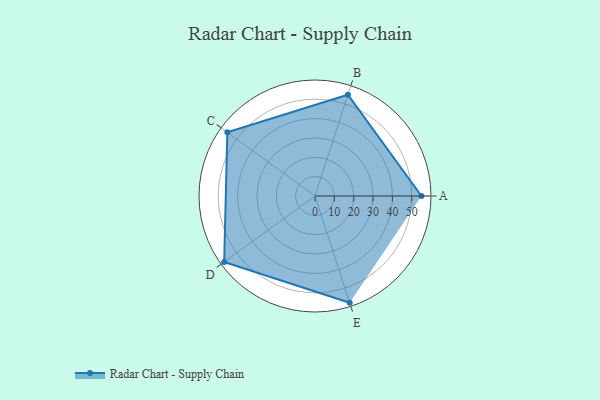
{"axis": {"x": "Skill", "y": "Score"}, "legend": ["Profile"], "data": [{"x": "A", "y": 55.0, "type": "Profile"}, {"x": "B", "y": 55.0, "type": "Profile"}, {"x": "C", "y": 56.0, "type": "Profile"}, {"x": "D", "y": 58.0, "type": "Profile"}, {"x": "E", "y": 58.0, "type": "Profile"}]}